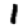
Digit: 1